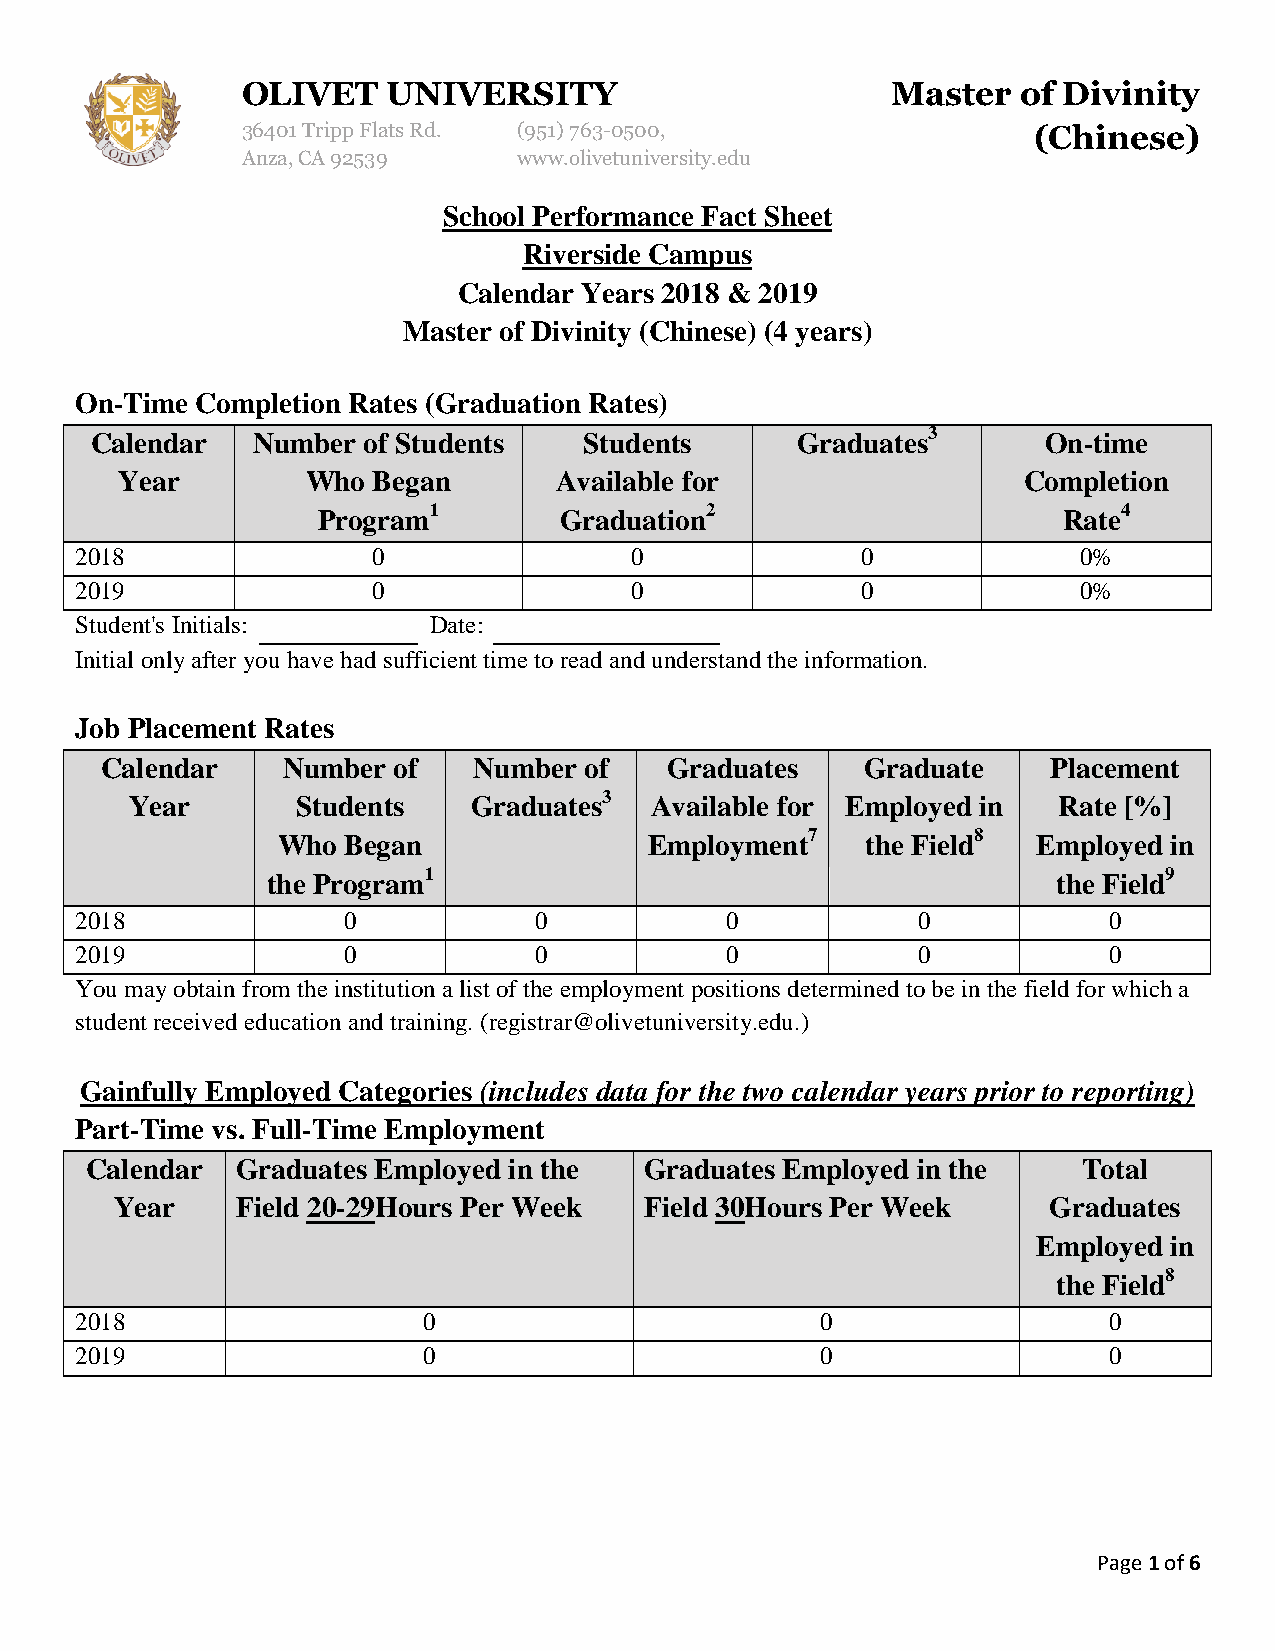
OLIVET    UNIVERSITY                       Master   of Divinity
 36401 Tripp Flats Rd. (951)763-0500,                (Chinese)
 Anza, CA 92539    www.olivetuniversity.edu
 School Performance Fact Sheet
 Riverside Campus
 Calendar Years 2018 & 2019
 Master of Divinity (Chinese) (4 years)
 On-Time Completion Rates (Graduation Rates)
 Calendar   Number of Students    Students      Graduates3      On-time
 Year        Who  Began       Available for                  Completion
 Program1        Graduation2                      Rate4
 2018                0                0              0              0%
 2019                0                0              0              0%
 Student's Initials:    Date:
 Initial only after you have had sufficient time to read and understand the information.
 Job Placement Rates
 Calendar    Number of   Number  of   Graduates    Graduate     Placement
 Year       Students   Graduates3  Available for Employed in  Rate [%]
 Who  Began               Employment7   the Field8  Employed in
 the Program1                                        the Field9
 2018              0           0            0            0           0
 2019              0           0            0            0           0
 You may obtain from the institution a list of the employment positions determined to be in the field for which a
 student received education and training. (registrar@olivetuniversity.edu.)
 Gainfully Employed Categories (includes data for the two calendar years prior to reporting)
 Part-Time vs. Full-Time Employment
 Calendar  Graduates Employed in the  Graduates Employed in the    Total
 Year    Field 20-29Hours Per Week  Field 30Hours Per Week    Graduates
 Employed in
 the Field8
 2018                   0                         0                  0
 2019                   0                         0                  0
 Page 1 of 6